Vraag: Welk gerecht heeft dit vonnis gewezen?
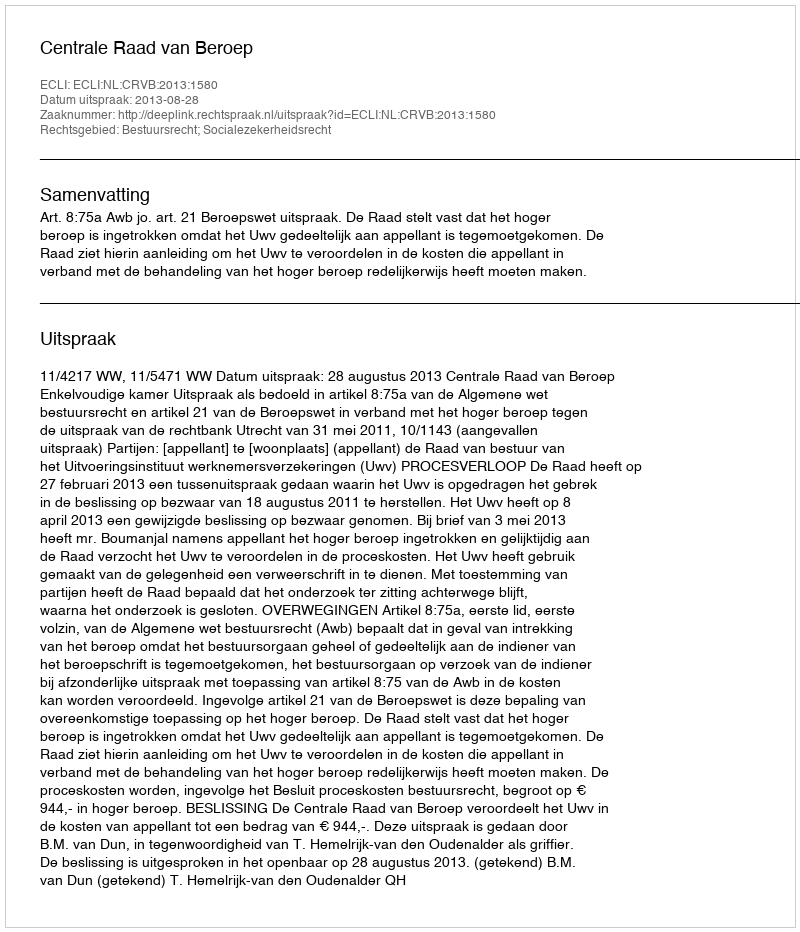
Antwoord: Centrale Raad van Beroep